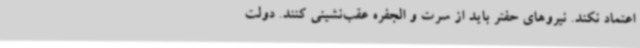
اعتماد نکند. نیروهای حفتر باید از سرت و الجفره عقب‌نشینی کنند. دولت